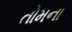
તોમના